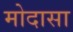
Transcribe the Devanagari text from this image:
मोदासा